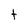
Character: t